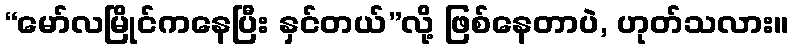
“မော်လမြိုင်ကနေပြီး နှင်တယ်”လို့ ဖြစ်နေတာပဲ, ဟုတ်သလား။